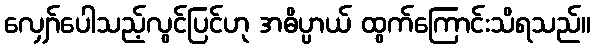
လျှော်ပေါသည့်လွင်ပြင်ဟု အဓိပ္ပာယ် ထွက်ကြောင်းသိရသည်။